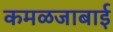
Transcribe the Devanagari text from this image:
कमळजाबाई